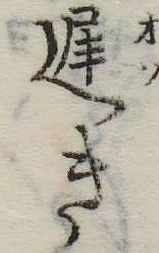
遅き